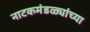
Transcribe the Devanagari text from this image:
नाटकमंडळ्यांच्या